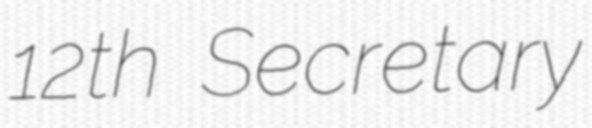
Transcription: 12th Secretary